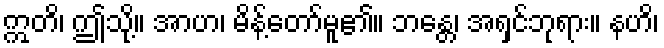
ဣတိ၊ ဤသို့။ အာဟ၊ မိန့်တော်မူ၏။ ဘန္တေ၊ အရှင်ဘုရား။ နဟိ၊